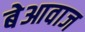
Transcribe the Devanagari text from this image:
बेआवाज